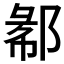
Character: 𲆖